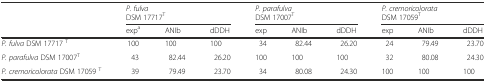
| <ROWSPAN=2>  | <COLSPAN=3> P. fulvaDSM 17717T | <COLSPAN=3> P. parafulvaDSM 17007T | <COLSPAN=3> P. cremoricolorataDSM 17059T |
 | expa | ANIb | dDDH | exp | ANIb | dDDH | exp | ANIb | dDDH |
 | --- | --- | --- | --- | --- | --- | --- | --- | --- | --- |
 | P. fulva DSM 17717 T | 100 | 100 | 100 | 34 | 82.44 | 26.20 | 24 | 79.49 | 23.70 |
 | P. parafulva DSM 17007T | 43 | 82.44 | 26.20 | 100 | 100 | 100 | 32 | 80.08 | 24.30 |
 | P. cremoricolorata DSM 17059 T | 39 | 79.49 | 23.70 | 34 | 80.08 | 24.30 | 100 | 100 | 100 |